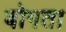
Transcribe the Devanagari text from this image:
बोगता